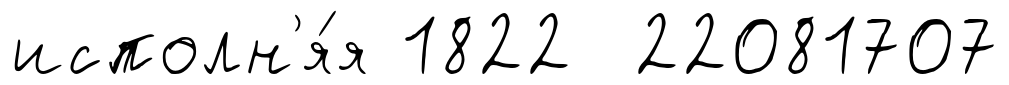
исполн'я́я 1822 22081707